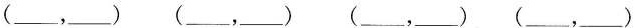
(___，___)(___，___)(___，__)(___，__)